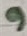
Text: 9